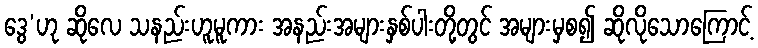
ဒွေ’ဟု ဆိုလေ သနည်းဟူမူကား အနည်းအများနှစ်ပါးတို့တွင် အများမှစ၍ ဆိုလိုသောကြောင့်